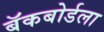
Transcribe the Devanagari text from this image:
बॅकबोर्डला